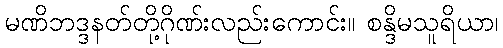
မဏိဘဒ္ဒနတ်တို့ဂိုဏ်းလည်းကောင်း။ စန္ဒိမသူရိယာ၊